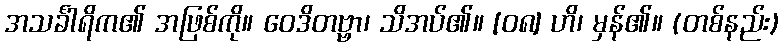
အသင်္ခါရိက၏ အဖြစ်ကို။ ဝေဒိတဗ္ဗာ၊ သိအပ်၏။ [၀၈] ဟိ၊ မှန်၏။ (တစ်နည်း)